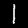
Digit: 1